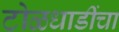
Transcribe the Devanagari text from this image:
टोळधाडींचा